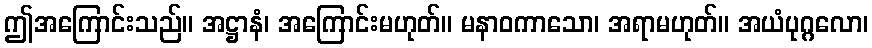
ဤအကြောင်းသည်။ အဋ္ဌာနံ၊ အကြောင်းမဟုတ်။ မနာဝကာသော၊ အရာမဟုတ်။ အယံပုဂ္ဂလော၊